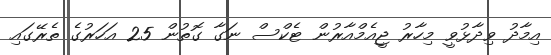
އިމާދު ވިދާޅުވީ މިހާރު ޖީއެމްއާރުން ޓެކްސް ނަގާ ގޮތުން 25 އަހަރުގެ ތެރޭގައި